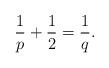
LaTeX: \begin{align*}\frac1p+\frac12=\frac1q.\end{align*}